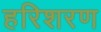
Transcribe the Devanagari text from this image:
हरिशरण